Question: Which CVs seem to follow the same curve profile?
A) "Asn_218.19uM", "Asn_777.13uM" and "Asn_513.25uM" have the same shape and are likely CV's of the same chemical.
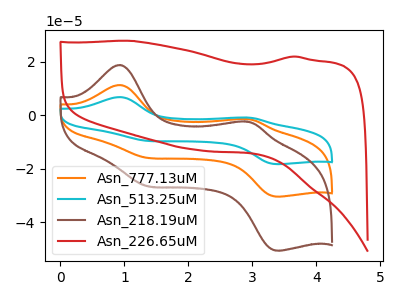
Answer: <think>The orange curve "Asn_777.13uM" has anodic peaks at (0.95V, 11.30uA) (2.90V, -1.40uA) and cathodic peaks at (1.30V, -15.65uA) (3.35V, -30.40uA). The cyan curve "Asn_513.25uM" has anodic peaks at (0.95V, 22.55uA) (2.90V, -2.80uA) and cathodic peaks at (1.30V, -31.30uA) (3.35V, -60.80uA). The brown curve "Asn_218.19uM" has anodic peaks at (0.95V, 18.75uA) (2.90V, -2.35uA) and cathodic peaks at (1.30V, -26.00uA) (3.35V, -50.55uA). The red curve "Asn_226.65uM" has no peaks.
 All the peaks in "Asn_777.13uM" have a peak in "Asn_513.25uM" at the same potential. All the peaks in "Asn_777.13uM" have a peak in "Asn_218.19uM" at the same potential. "Asn_777.13uM" and "Asn_226.65uM" have a different number of peaks. All the peaks in "Asn_513.25uM" have a peak in "Asn_218.19uM" at the same potential. "Asn_513.25uM" and "Asn_226.65uM" have a different number of peaks. "Asn_218.19uM" and "Asn_226.65uM" have a different number of peaks.</think>
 <answer>A) "Asn_218.19uM", "Asn_777.13uM" and "Asn_513.25uM" have the same shape and are likely CV's of the same chemical.</answer>
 <eval>A</eval>